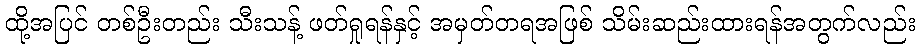
ထို့အပြင် တစ်ဦးတည်း သီးသန့် ဖတ်ရှုရန်နှင့် အမှတ်တရအဖြစ် သိမ်းဆည်းထားရန်အတွက်လည်း